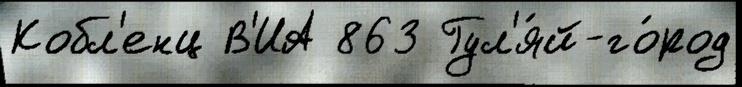
Кобл'енц В'ИА 863 Гул'я́й-го́род